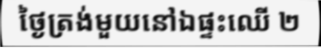
ថ្ងៃត្រង់មួយនៅឯផ្ទះឈើ ២